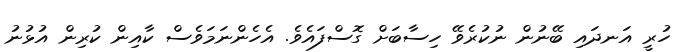
ހުރީ އަނދައި ބޭނުން ނުކުރެވޭ ހިސާބަށް ގޮސްފައެވެ. އެހެންނަމަވެސް ކާއިން ކުރިން އުޅުނު